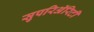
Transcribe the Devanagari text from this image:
सुपरिअॅरिटी